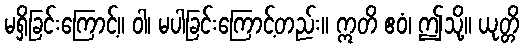
မရှိခြင်းကြောင့်။ ဝါ၊ မပါခြင်းကြောင့်တည်း။ ဣတိ ဧဝံ၊ ဤသို့။ ယုတ္တိ